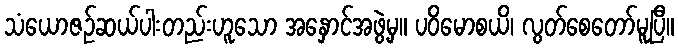
သံယောဇဉ်ဆယ်ပါးတည်းဟူသော အနှောင်အဖွဲ့မှ။ ပဝိမောစယိ၊ လွတ်စေတော်မူပြီ။